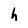
Character: h